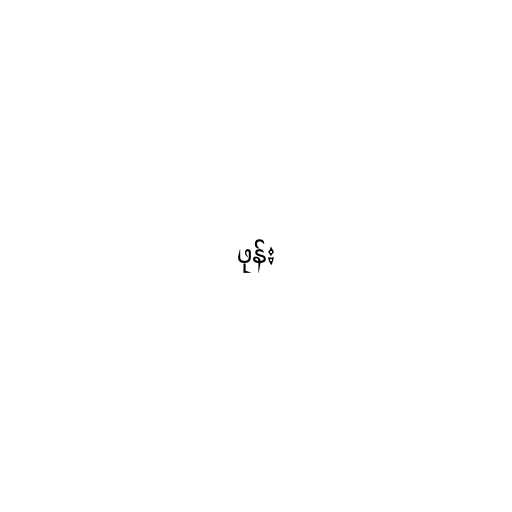
ဖုန်း